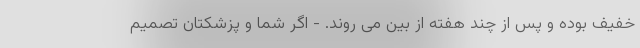
خفیف بوده و پس از چند هفته از بین می روند. - اگر شما و پزشکتان تصمیم